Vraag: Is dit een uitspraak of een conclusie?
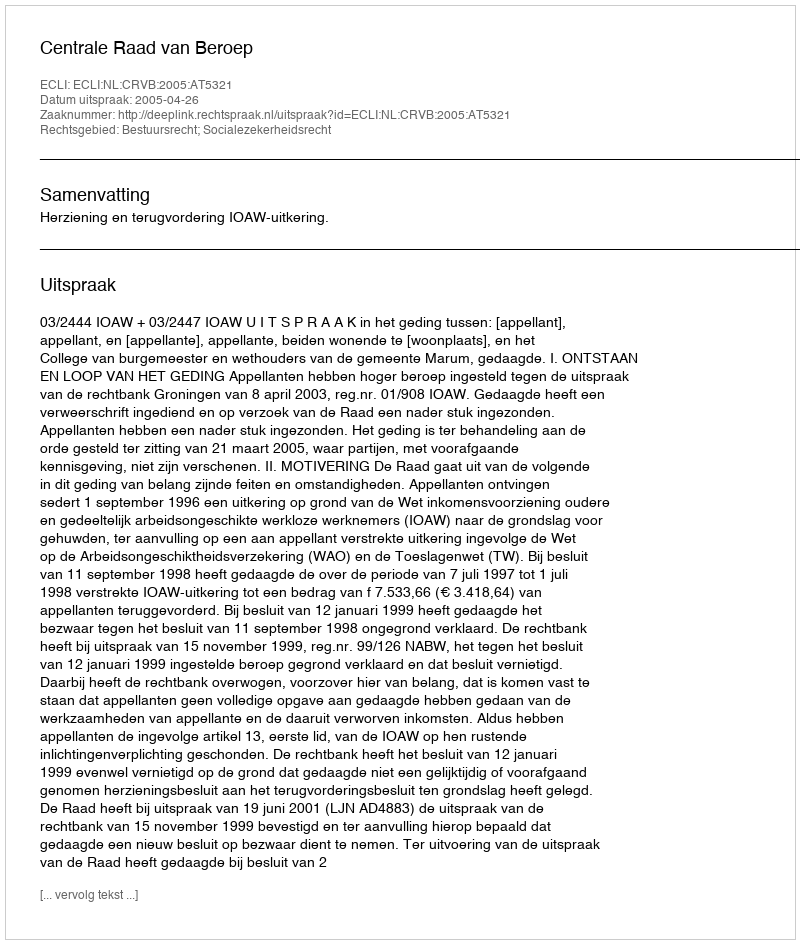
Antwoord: Uitspraak